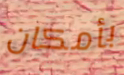
بأمكان